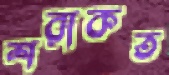
শরাকত